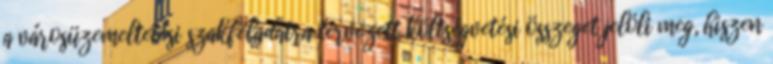
a városüzemeltetési szakfeladatra tervezett költségvetési összeget jelöli meg, hiszen